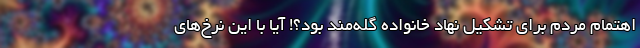
اهتمام مردم برای تشکیل نهاد خانواده گله‌مند بود؟! آیا با این نرخ‌های